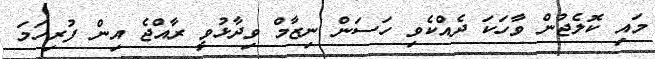
މައި ކޮލެޖުން ވާހަކަ ދެއްކެވި ހަސަން ނިޒާމް ވިދާޅުވީ ރާއްޖެ އިން ފުރިހަމަ